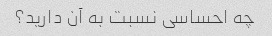
چه احساسی نسبت به آن دارید؟